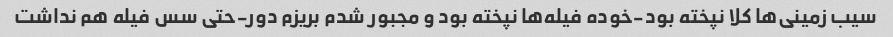
سیب زمینی‌ها کلا نپخته بود-خوده فیله‌ها نپخته بود و مجبور شدم بریزم دور-حتی سس فیله هم نداشت